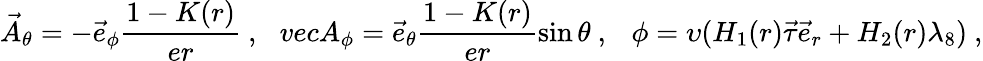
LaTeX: \vec{A}_{\theta}=-\vec{e}_{\phi}\frac{1-K(r)}{er}\ ,\ \ \, vecA_{\phi}=\vec{e}_{\theta}\frac{1-K(r)}{er}\sin\theta\ ,\ \ \ \phi=\upsilon(H_{1}(r)\vec{\tau}\vec{e}_{r}+H_{2}(r)\lambda_{8})\ ,